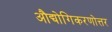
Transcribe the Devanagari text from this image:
औद्योगिकरणोत्तर